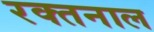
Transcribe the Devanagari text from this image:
रक्तनाल